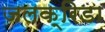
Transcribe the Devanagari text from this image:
जलक्रिडा